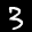
Label: 3